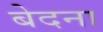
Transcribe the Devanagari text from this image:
बेदना